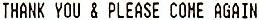
THANK YOU & PLEASE COME AGAIN